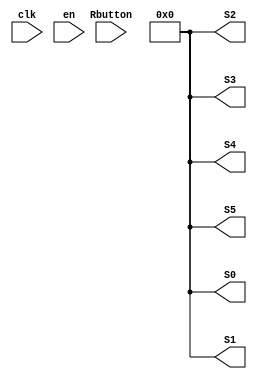
module BCD_Counter(clk,Rbutton,en,S0,S1,S2,S3,S4,S5);

input clk;
input [1:0]en;

input Rbutton;

output [3:0]S0 = 0;
output [3:0]S1 = 0;
output [3:0]S2 = 0;
output [3:0]S3 = 0;
output [3:0]S4 = 0;
output [3:0]S5 = 0;

reg [3:0]S0;
reg [3:0]S1;
reg [3:0]S2;
reg [3:0]S3;
reg [3:0]S4;
reg [3:0]S5;

always @(posedge clk)
		begin 
			if(en==2'b00 || en==2'b01)
			begin 
				S0 = 0;
				S1 = 0;
				S2 = 0;
				S3 = 0;
				S4 = 0;
				S5 = 0;
			end 
			else if (en==2'b10)
			begin
				if(S0 == 4'b1001)
				begin 
					S0 <= 0;
					if(S1 == 4'b1001)
					begin
						S1 <= 0;
						if(S2 == 4'b1001)
						begin
							S2 <= 0;
							if(S3 == 4'b1001)
							begin
								S3 <= 0;
								if(S4 == 4'b1001)
								begin
									S4 <=0;
									if(S5==4'b1001)
									begin
										S5<=10;
										if(S5== 10)
										begin
											S4<=11;
											if(S4==11);
											begin
												S3<=11;
												if(S3==11)
												begin
													S2<=12;
													if(S2==12)
													begin
														S1<=11;
														if(S1==11)
															S0<=13;
														end 
													end 
												end 
											end
										end 
									else 
										S5<=S5+1;
									end 
								else 
									S4 <= S4+1;
								end 
							else 
								S3<=S3+1;
							end
						else 
							S2<=S2+1;
						end
					else 
						S1 <= S1+1;
					end
				else 
					S0<= S0+1;
					end  
					end
endmodule